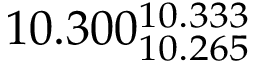
1 0 . 3 0 0 _ { 1 0 . 2 6 5 } ^ { 1 0 . 3 3 3 }